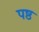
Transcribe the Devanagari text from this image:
पष्ठ